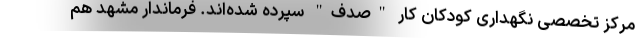
مرکز تخصصی نگهداری کودکان کار "صدف" سپرده شده‌اند. فرماندار مشهد هم